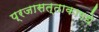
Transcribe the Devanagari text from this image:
प्रजासत्ताकामधे